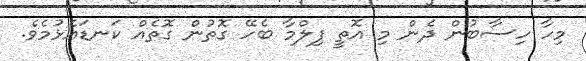
މިހާ ހިސާބުން ދެން މި އޮތީ ފިލްމާ ބެހޭ ގޮތުން ގޮތެއް ކަނޑައެޅުމެވެ.